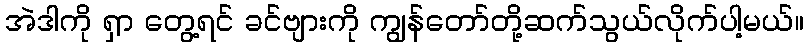
အဲဒါကို ရှာ တွေ့ရင် ခင်ဗျားကို ကျွန်တော်တို့ဆက်သွယ်လိုက်ပါ့မယ်။